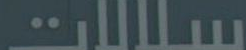
سلالات